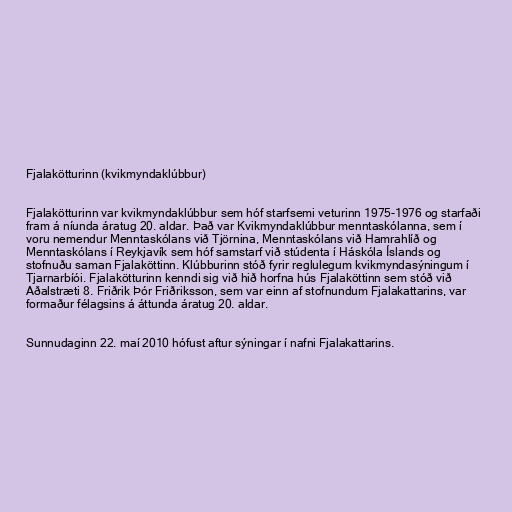
Fjalakötturinn (kvikmyndaklúbbur)

Fjalakötturinn var kvikmyndaklúbbur sem hóf starfsemi veturinn 1975-1976 og starfaði
fram á níunda áratug 20. aldar. Það var Kvikmyndaklúbbur menntaskólanna, sem í
voru nemendur Menntaskólans við Tjörnina, Menntaskólans við Hamrahlíð og
Menntaskólans í Reykjavík sem hóf samstarf við stúdenta í Háskóla Íslands og
stofnuðu saman Fjalaköttinn. Klúbburinn stóð fyrir reglulegum kvikmyndasýningum í
Tjarnarbíói. Fjalakötturinn kenndi sig við hið horfna hús Fjalaköttinn sem stóð við
Aðalstræti 8. Friðrik Þór Friðriksson, sem var einn af stofnundum Fjalakattarins, var
formaður félagsins á áttunda áratug 20. aldar.

Sunnudaginn 22. maí 2010 hófust aftur sýningar í nafni Fjalakattarins.